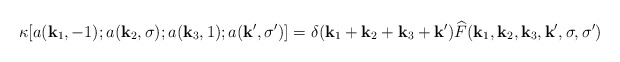
\begin{align*}\kappa[ a(\mathbf{k}_1,-1); a(\mathbf{k}_2,\sigma); a(\mathbf{k}_3,1); a(\mathbf{k}', \sigma') ] = \delta(\mathbf{k}_1+\mathbf{k}_2+\mathbf{k}_3+\mathbf{k}') \widehat{F}(\mathbf{k}_1,\mathbf{k}_2,\mathbf{k}_3,\mathbf{k}',\sigma, \sigma')\end{align*}